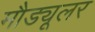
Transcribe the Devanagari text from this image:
मौड्यूलर